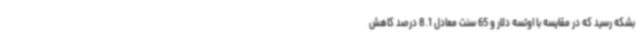
بشکه رسید که در مقایسه با اوتسه دلار و 65 سنت معادل 8.1 درصد کاهش